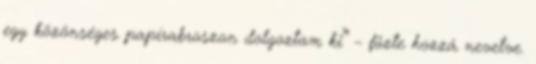
egy közönséges papírabroszon dolgoztam ki” – fűzte hozzá nevetve.